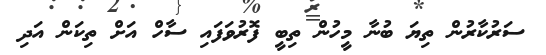
ސަރުކާރުން ތިޔަ ބުނާ މީހުން ތިބީ ފޮރުވަފައި ސާހް އަށް ތިކަން އަދި